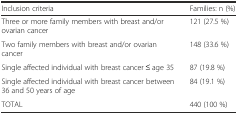
| Inclusion criteria | Families: n (%) |
 | --- | --- |
 | Three or more family members with breast and/or ovarian cancer | 121 (27.5 %) |
 | Two family members with breast and/or ovarian cancer | 148 (33.6 %) |
 | Single affected individual with breast cancer ≤ age 35 | 87 (19.8 %) |
 | Single affected individual with breast cancer between 36 and 50 years of age | 84 (19.1 %) |
 | TOTAL | 440 (100 %) |